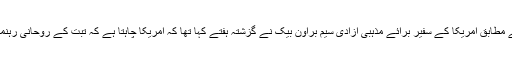
غیر ملکی خبر ایجنسی اے ایف پی کی رپورٹ کے مطابق امریکا کے سفیر برائے مذہبی آزادی سیم براؤن بیک نے گزشتہ ہفتے کہا تھا کہ امریکا چاہتا ہے کہ تبت کے روحانی رہنما کی جانشینی کے معاملے کو اقوام متحدہ دیکھے۔